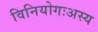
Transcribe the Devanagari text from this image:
विनियोगःअस्य